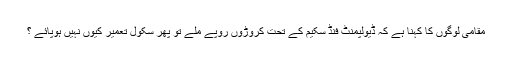
مقامی لوگوں کا کہنا ہے کہ ڈیولپمنٹ فنڈ سکیم کے تحت کروڑوں روپے ملے تو پھر سکول تعمیر کیوں نہیں ہوپائے ؟